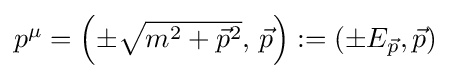
{\textstyle p^{\mu }=\left(\pm {\sqrt {m^{2}+{\vec {p}}^{2}}},\,{\vec {p}}\right):=\left(\pm E_{\vec {p}},{\vec {p}}\right)}